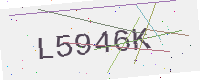
Text: L5946K